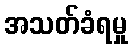
အသတ်ခံရမှု